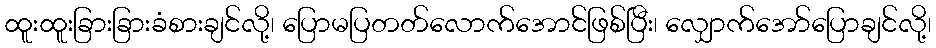
ထူးထူးခြားခြားခံစားချင်လို့၊ ပြောမပြတတ်လောက်အောင်ဖြစ်ပြီး၊ လျှောက်အော်ပြောချင်လို့၊